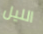
الليل